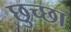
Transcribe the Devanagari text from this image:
छुच्छा